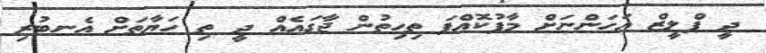
ދީ ޕްލީޒް އަހަންނަށް މާފުކޮއްފަ ތިހިތުން ޖާގައެއް ދީ ތި ހަޔާތަށް އެނބުރި